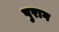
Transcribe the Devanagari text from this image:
पुराग